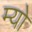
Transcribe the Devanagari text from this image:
म्‍यो